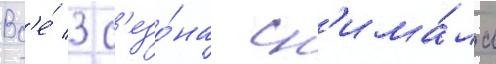
Вс'е́ 3 с'езо́на сн'има́ла